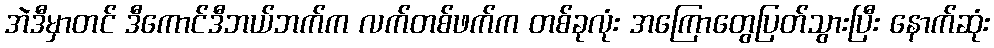
အဲဒီမှာတင် ဒီကောင်ဒီဘယ်ဘက်က လက်တစ်ဖက်က တစ်ခုလုံး အကြောတွေပြတ်သွားပြီး နောက်ဆုံး